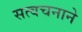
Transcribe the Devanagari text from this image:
सत्वचनाने